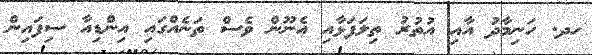
ހދ. ހަނިމާދު އާއި އުތުރު ތިލަފަޅާއި އެނޫން ވެސް ތަނެއްގައި އިންޑިއާ ސިފައިން